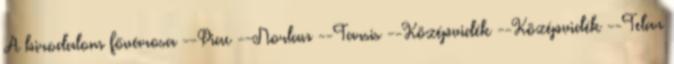
A birodalom fővárosa --Piac --Norlan --Tarsis --Középvidék --Középvidék --Telar